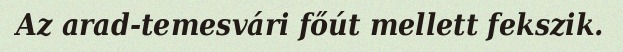
Az arad-temesvári főút mellett fekszik.